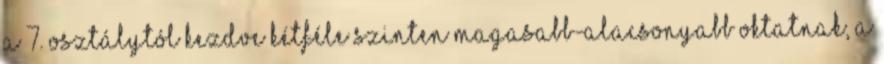
a 7. osztálytól kezdve kétféle szinten magasabb-alacsonyabb oktatnak, a